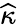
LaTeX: \widehat{\kappa}